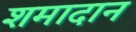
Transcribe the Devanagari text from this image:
शमादान